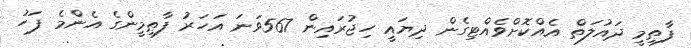
ފާޠިމީ ދައުލަތް އެއްކޮށްވެއްޓިގެން ދިޔައީ ހިޖުރައިން 567ވަނަ އަހަރު ފާޠިމީންގެ އެންމެ ފަހު